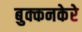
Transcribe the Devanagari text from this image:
बुक्कनकेरे